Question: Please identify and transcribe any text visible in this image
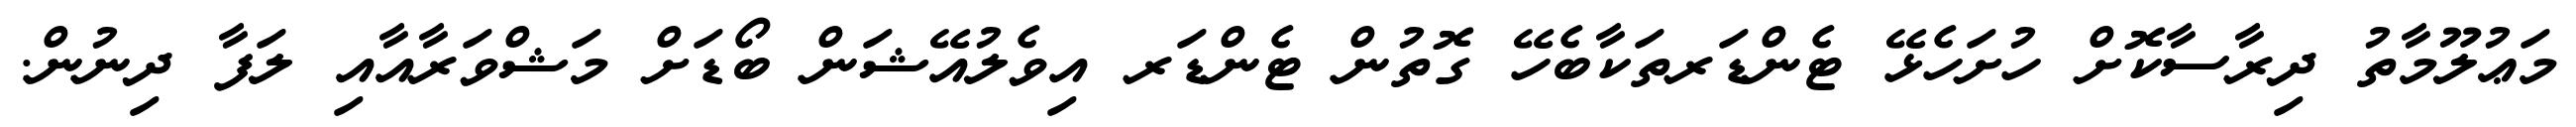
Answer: މަޢުލޫމާތު ދިރާސާކޮށް ހުށަހެޅޭ ޓެންޑަރތަކާބެހޭ ގޮތުން ޓެންޑަރ އިވެލުއޭޝަން ބޯޑަށް މަޝްވަރާއާއި ލަފާ ދިނުން.